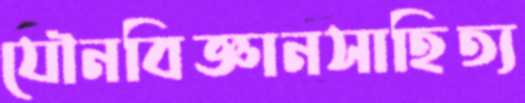
যৌনবিজ্ঞানসাহিত্য